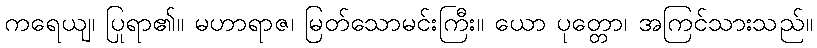
ကရေယျ၊ ပြုရာ၏။ မဟာရာဇ၊ မြတ်သောမင်းကြီး။ ယော ပုတ္တော၊ အကြင်သားသည်။